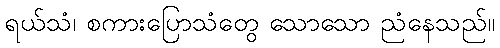
ရယ်သံ၊ စကားပြောသံတွေ သောသော ညံနေသည်။